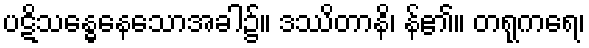
ပဋိသန္ဓေနေသောအခါ၌။ ဒဿိတာနိ၊ န်၏။ တရုကရေ၊